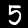
Label: 5